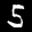
Label: 5